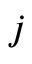
j